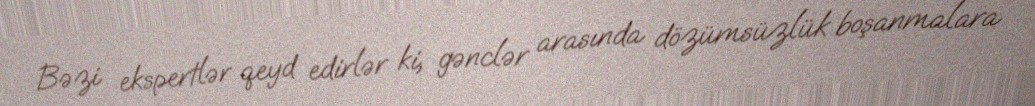
Bəzi ekspertlər qeyd edirlər ki, gənclər arasında dözümsüzlük boşanmalara